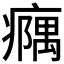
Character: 𪽹